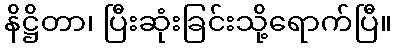
နိဋ္ဌိတာ၊ ပြီးဆုံးခြင်းသို့ရောက်ပြီ။